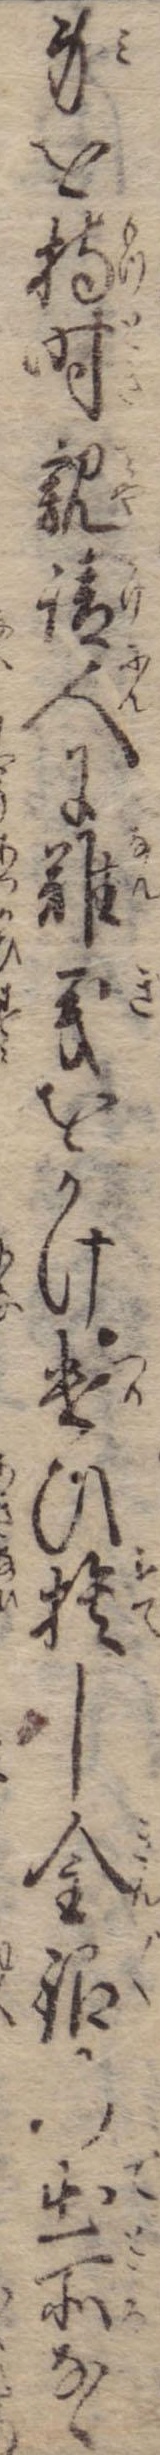
身を持時親請人に難義をかけ遣ひ捨し金銀の出所なく